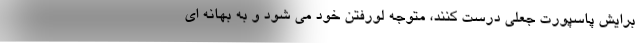
برایش پاسپورت جعلی درست کنند، متوجه لورفتن خود می شود و به بهانه ای